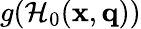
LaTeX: g(\mathcal{H}_{0}(\mathbf{x},\mathbf{q}))